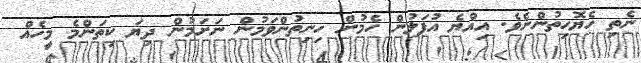
ނެތި ހެޔޮހިތުންނެވެ. އިއްޔެ އުފަލުން ހެމުން ހިނިތުންވަމުން ނަށަމުން ދިޔަ ކިތަންމެ މީހެއް